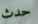
حدث